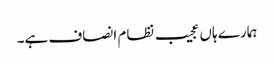
ہمارے ہاں عجیب نظام انصاف ہے۔